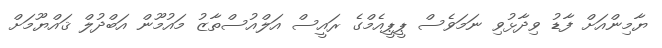
ޔާމިންއަށް ފާޑު ވިދާޅުވި ނަމަވެސް ޕީޕީއެމްގެ ރައީސް އަލްއުސްތާޒު މައުމޫން އަބްދުލް ޤައްޔޫމަށް